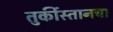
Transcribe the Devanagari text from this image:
तुर्कीस्तानचा